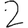
Digit: 2